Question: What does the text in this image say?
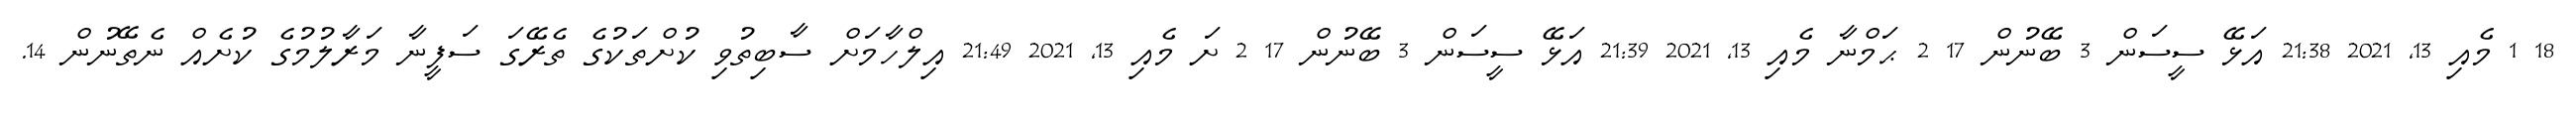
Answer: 18 1 މެއި 13, 2021 21:38 އަޅޭ ސީސަން 3 ބޭނުން 17 2 ޙަމްނާ މެއި 13, 2021 21:39 އަޅޭ ސީސަން 3 ބޭނުން 17 2 ށަ މެއި 13, 2021 21:49 އިލްހާމަށް ސާބިތުވި ކުށްތަކުގެ ތެރޭގަ ސަފީނާ މަރާލުމުގެ ކުށެއް ނެތޭނުން 14.